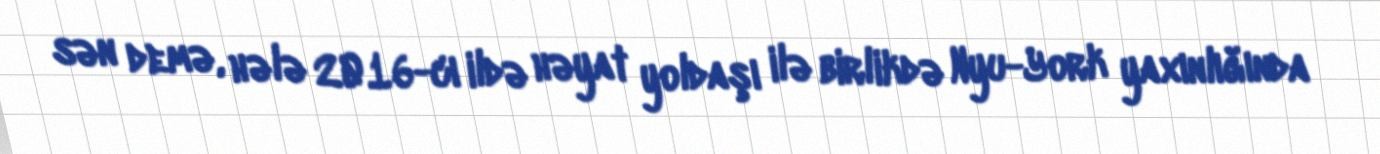
sən demə, hələ 2016-cı ildə həyat yoldaşı ilə birlikdə Nyu-York yaxınlığında